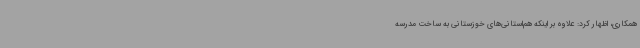
همکاری، اظهار کرد: علاوه بر اینکه هم‌استانی‌های خوزستانی به ساخت مدرسه